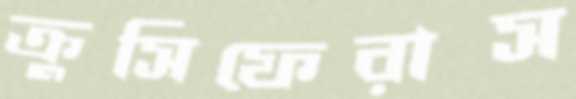
ক্রুসিফেরাস